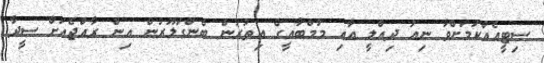
ސިޓީއެއްކަމަށްވާ ނިއު ދިއްލީ އާއި މުމްބާއީގެ އިތުރުން ބެންގަލޫރުން އިން ރާއްޖެއަށް ސީދާ